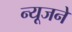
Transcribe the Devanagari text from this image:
न्यूजने